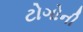
ટોગોની